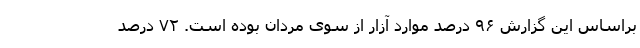
براساس این گزارش ۹۶ درصد موارد آزار از سوی مردان بوده است. ۷۲ درصد